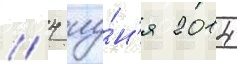
// 4 иу́н'я 2014